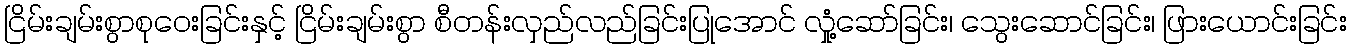
ငြိမ်းချမ်းစွာစုဝေးခြင်းနှင့် ငြိမ်းချမ်းစွာ စီတန်းလှည်လည်ခြင်းပြုအောင် လှုံ့ဆော်ခြင်း၊ သွေးဆောင်ခြင်း၊ ဖြားယောင်းခြင်း